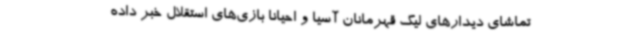
تماشای دیدارهای لیگ قهرمانان آسیا و احیانا بازی‌های استقلال خبر داده